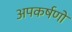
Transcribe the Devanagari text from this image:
अपकर्षणों